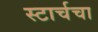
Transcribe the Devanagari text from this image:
स्टार्चचा